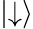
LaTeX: \mid\downarrow\rangle